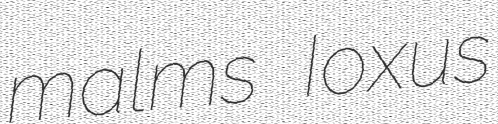
malms Ioxus